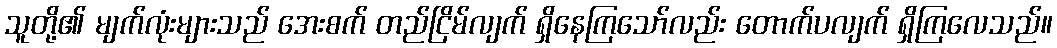
သူတို့၏ မျက်လုံးများသည် အေးစက် တည်ငြိမ်လျက် ရှိနေကြသော်လည်း တောက်ပလျက် ရှိကြလေသည်။